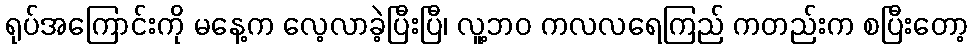
ရုပ်အကြောင်းကို မနေ့က လေ့လာခဲ့ပြီးပြီ၊ လူ့ဘဝ ကလလရေကြည် ကတည်းက စပြီးတော့